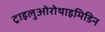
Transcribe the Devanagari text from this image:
ट्राइलुओरोथाइमिडिन